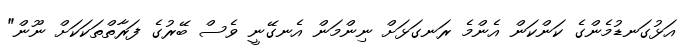
އަޅުގަނޑުމެންގެ ކަންކަން އެންމެ ރަނގަޅަށް ނިންމަން އެނގޭނީ ވެސް ބޭރުގެ ފަރާތްތަކަކަށް ނޫން"